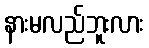
နားမလည်ဘူးလား